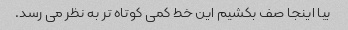
بیا اینجا صف بکشیم این خط کمی کوتاه تر به نظر می رسد.